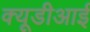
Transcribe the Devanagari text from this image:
क्यूडीआई